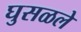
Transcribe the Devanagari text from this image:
घुसळले